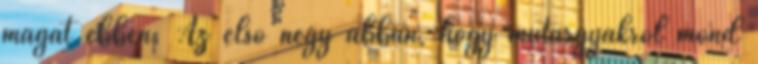
magát ebben. Az első négy abban, hogy műtárgyakról mond